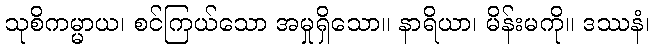
သုစိကမ္မာယ၊ စင်ကြယ်သော အမှုရှိသော။ နာရိယာ၊ မိန်းမကို။ ဒဿနံ၊